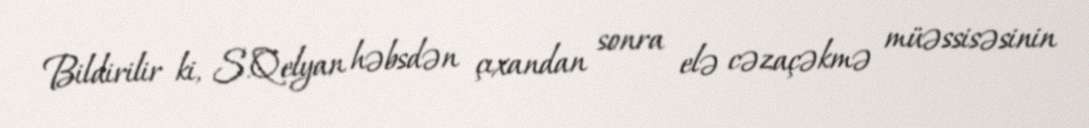
Bildirilir ki, S.Qelyan həbsdən çıxandan sonra elə cəzaçəkmə müəssisəsinin